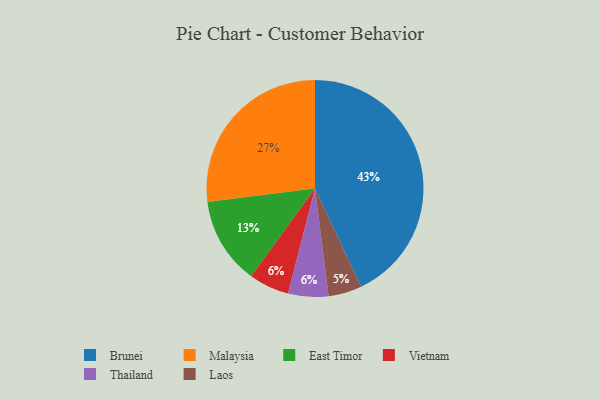
{"axis": {"x": "Category", "y": "Percentage"}, "legend": ["Brunei", "East Timor", "Laos", "Malaysia", "Thailand", "Vietnam"], "data": [{"x": "Vietnam", "y": 6, "type": "Vietnam"}, {"x": "Laos", "y": 5, "type": "Laos"}, {"x": "Malaysia", "y": 27, "type": "Malaysia"}, {"x": "East Timor", "y": 13, "type": "East Timor"}, {"x": "Brunei", "y": 43, "type": "Brunei"}, {"x": "Thailand", "y": 6, "type": "Thailand"}]}